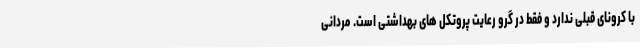
با کرونای قبلی ندارد و فقط در گرو رعایت پروتکل های بهداشتی است. مردانی